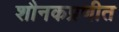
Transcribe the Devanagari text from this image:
शौनकप्रणीत